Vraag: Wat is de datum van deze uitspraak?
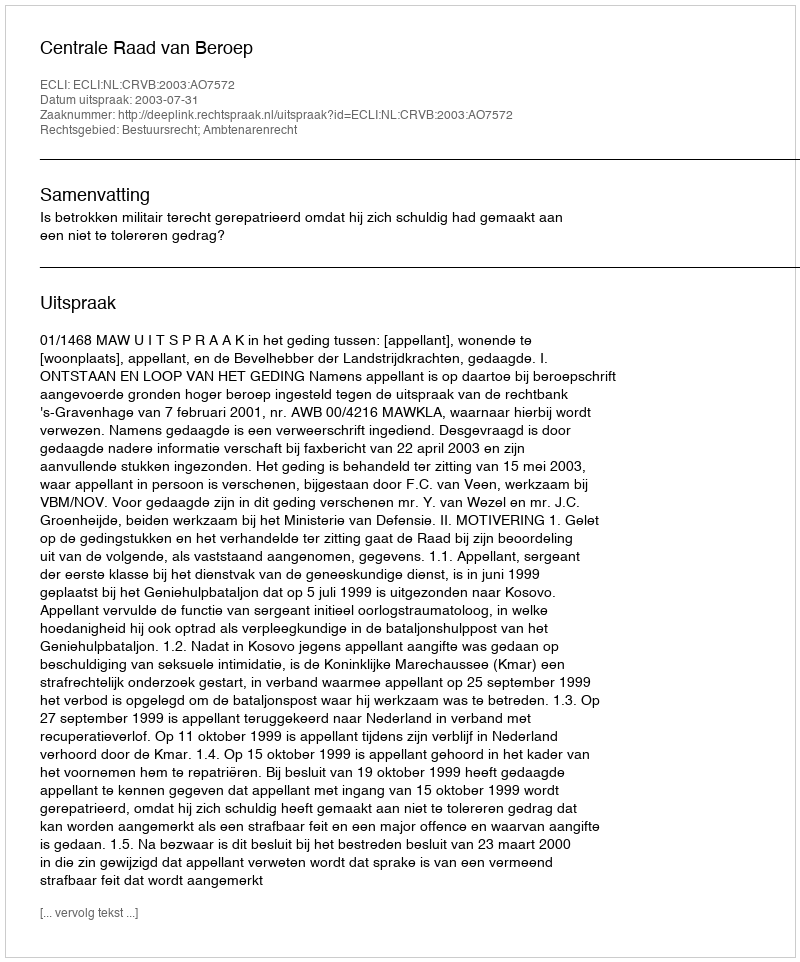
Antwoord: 2003-07-31